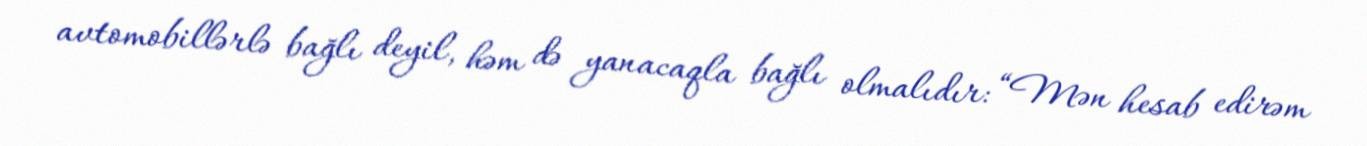
avtomobillərlə bağlı deyil, həm də yanacaqla bağlı olmalıdır: “Mən hesab edirəm